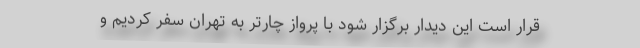
قرار است این دیدار برگزار شود با پرواز چارتر به تهران سفر کردیم و